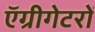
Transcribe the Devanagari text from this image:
ऍग्रीगेटरों